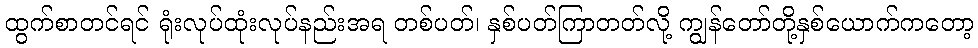
ထွက်စာတင်ရင် ရုံးလုပ်ထုံးလုပ်နည်းအရ တစ်ပတ်၊ နှစ်ပတ်ကြာတတ်လို့ ကျွန်တော်တို့နှစ်ယောက်ကတော့